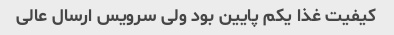
کیفیت غذا یکم پایین بود ولی سرویس ارسال عالی